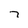
Character: 7